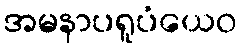
အမနာပရူပံယေဝ